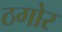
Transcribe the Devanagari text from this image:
ठगोर